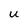
Character: U